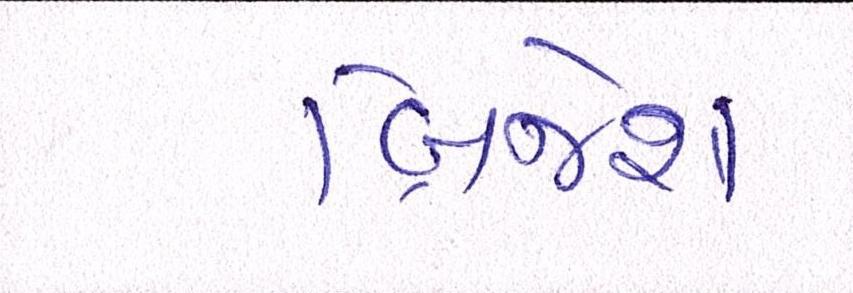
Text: બ્રિજેશ